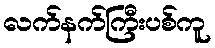
လက်နက်ကြီးပစ်ကူ